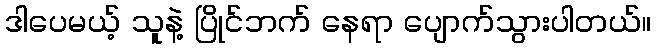
ဒါပေမယ့် သူနဲ့ ပြိုင်ဘက် နေရာ ပျောက်သွားပါတယ်။